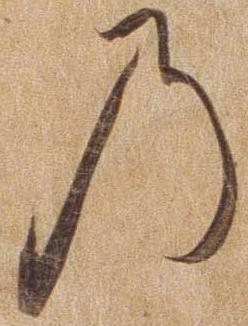
の